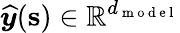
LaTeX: \boldsymbol{{\widehat{y}}}(\mathbf{s})\in\mathbb{R}^{d_{\mathrm{~m~o~d~e~l~}}}